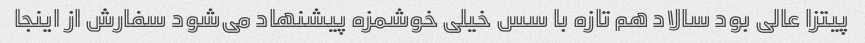
پیتزا عالی بود سالاد هم تازه با سس خیلی خوشمزه پیشنهاد می‌شود سفارش از اینجا